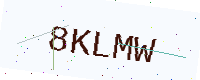
Text: 8KLMW